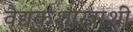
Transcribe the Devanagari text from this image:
वैद्यकशास्त्राशी